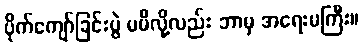
ပိုက်ကျော်ခြင်းပွဲ မမီလို့လည်း ဘာမှ အရေးမကြီး။